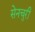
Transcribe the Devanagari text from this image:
सेनचुरी